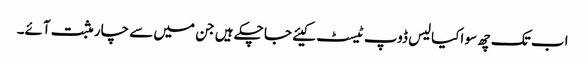
اب تک چھ سو اکیالیس ڈوپ ٹیسٹ کیئے جا چکے ہیں جن میں سے چار مثبت آئے۔